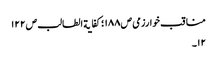
مناقب خوارزمی ص١٨٨ ؛کفایة الطالب ص١٢٢
١٢۔